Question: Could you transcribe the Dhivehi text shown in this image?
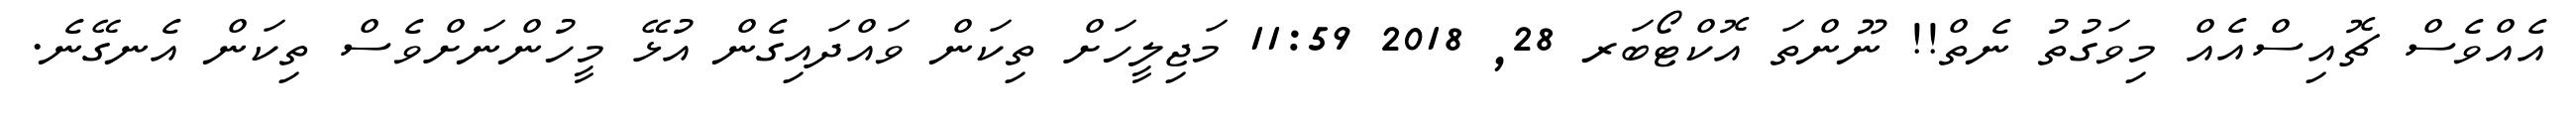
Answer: އެއްވެސް ޗޮއިސްއެއް މިވަގުތު ނެތް!! ނޫންތަ އޮކްޓޯބަރ 28, 2018 11:59 މަޖިލީހަށް ތިކަން ވައްދައިގެން އުޅޭ މީހުންނަށްވެސް ތިކަން އެނގޭނެ.